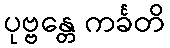
ပုဗ္ဗန္တေ ကင်္ခတိ